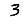
Digit: 3